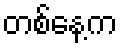
တစ်နေ့က